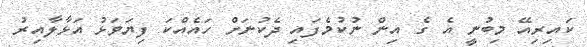
ކައިރިއޭ މިބުނީ އެ ގެ އިން ނުކުމެފައި ދެކުނަށް ހައެއްކަ ފިޔަވަޅު އަޅާލާއިރު